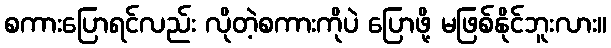
စကားပြောရင်လည်း လိုတဲ့စကားကိုပဲ ပြောဖို့ မဖြစ်နိုင်ဘူးလား။